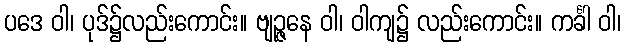
ပဒေ ဝါ၊ ပုဒ်၌လည်းကောင်း။ ဗျဉ္ဇနေ ဝါ၊ ဝါကျ၌ လည်းကောင်း။ ကင်္ခါ ဝါ၊